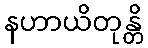
နဟာယိတုန္တိ